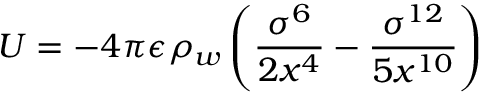
U = - 4 \pi \epsilon \rho _ { w } \left( \frac { \sigma ^ { 6 } } { 2 x ^ { 4 } } - \frac { \sigma ^ { 1 2 } } { 5 x ^ { 1 0 } } \right)